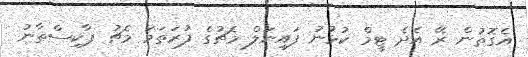
އެގޮތުން ރޭ އެދެ ޓީމް ކުޅުނު ފައިނަލް މެޗުގެ ފުރަތަމަ މެޗު ޕާކިސްތާނު